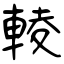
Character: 輘